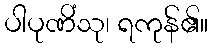
ပါပုဏိံသု၊ ရကုန်၏။